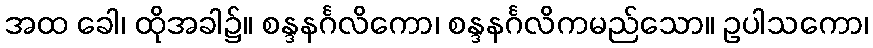
အထ ခေါ၊ ထိုအခါ၌။ စန္ဒနင်္ဂလိကော၊ စန္ဒနင်္ဂလိကမည်သော။ ဥပါသကော၊